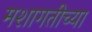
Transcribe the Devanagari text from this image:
मशागतीच्या